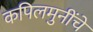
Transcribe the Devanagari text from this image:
कपिलमुनींचे